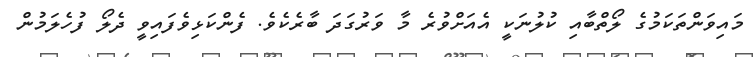
މައިވަންތަކަމުގެ ލޯތްބާއި ކުލުނަކީ އެއަށްވުރެ މާ ވަރުގަދަ ބާރެކެވެ. ފެންކަޅިވެފައިވީ ދެލޯ ފުހެލަމުން